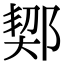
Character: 𨜒